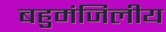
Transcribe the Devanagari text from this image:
बहुमंजिलीय